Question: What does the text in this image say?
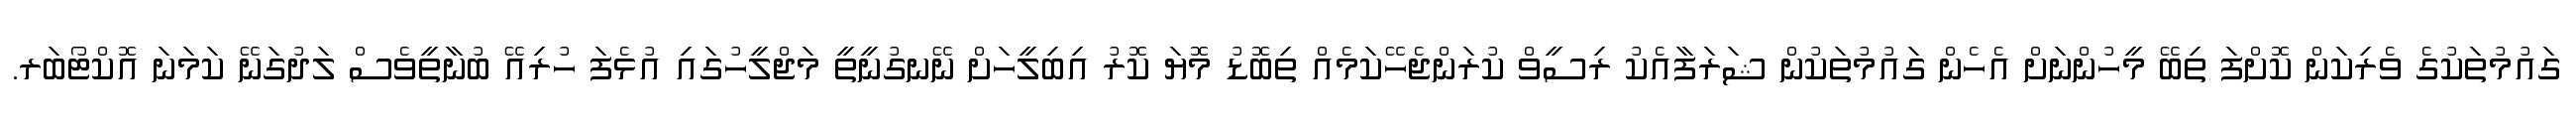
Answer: ގައުމުތަކުގެ ވެރިކަން ކޮށްފަ ތިބޭ މީހުންނަށް އެހެން ގައުމުތަކުން ޝަރަފާއެކު ރިސީވް ކުރަންޖެހޭކަމެއް ތިބޮޑު މޮޔަ ކޮރު އިބިލީހަށް ނޭނގުނީތީ މަޖްލީހުގައި އުޅެފަ ހުރިއޭ ބުނާތީވެސް ލަދުގަނޭ ކަމަނަ އޮކްޓޯބަރ.